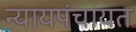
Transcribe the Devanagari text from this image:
न्यायपंचायत